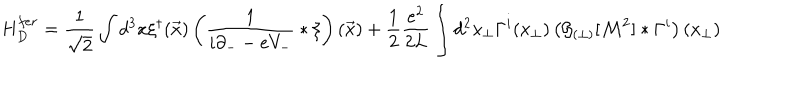
LaTeX: H _ { D } ^ { f e r } = \frac { 1 } { \sqrt { 2 } } \int d ^ { 3 } x \xi ^ { \dagger } ( \vec { x } ) \left( \frac { 1 } { i \partial _ { - } - e V _ { - } } \ast \xi \right) ( \vec { x } ) + \frac 1 2 \frac { e ^ { 2 } } { 2 L } \int d ^ { 2 } x _ { \perp } \Gamma ^ { i } ( x _ { \perp } ) \left( { \cal G } _ { ( \perp ) } [ { \cal M } ^ { 2 } ] \ast \Gamma ^ { i } \right) ( x _ { \perp } )